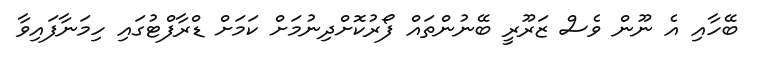
ބޭހާއި އެ ނޫން ވެސް ޒަރޫރީ ބޭނުންތައް ފޯރުކޮށްދިނުމަށް ކަމަށް ޑްރާފްޓުގައި ހިމަނާފައިވާ